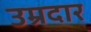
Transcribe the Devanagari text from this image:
उम्रदार